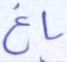
باغ